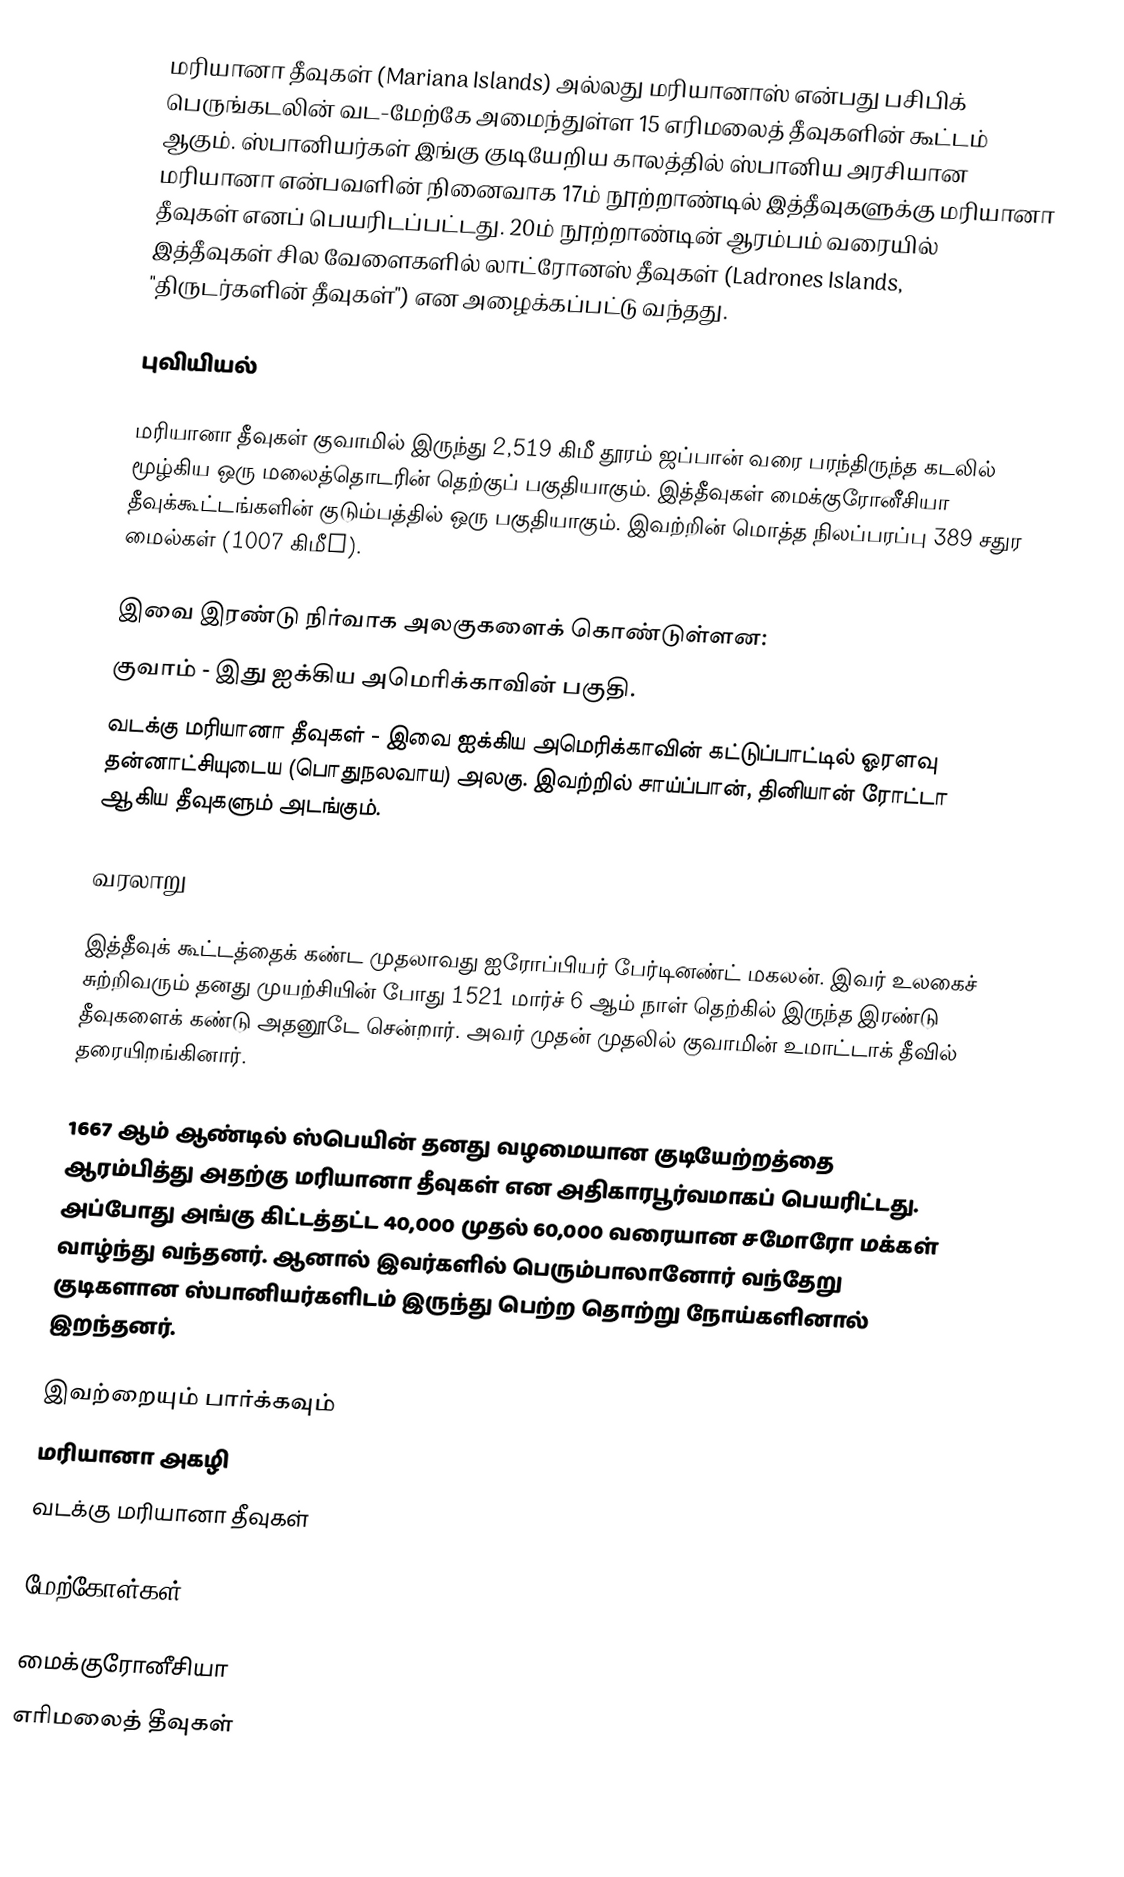
மரியானா தீவுகள் (Mariana Islands) அல்லது மரியானாஸ் என்பது பசிபிக் பெருங்கடலின் வட-மேற்கே அமைந்துள்ள 15 எரிமலைத் தீவுகளின் கூட்டம் ஆகும். ஸ்பானியர்கள் இங்கு குடியேறிய காலத்தில் ஸ்பானிய அரசியான மரியானா என்பவளின் நினைவாக 17ம் நூற்றாண்டில் இத்தீவுகளுக்கு மரியானா தீவுகள் எனப் பெயரிடப்பட்டது. 20ம் நூற்றாண்டின் ஆரம்பம் வரையில் இத்தீவுகள் சில வேளைகளில் லாட்ரோனஸ் தீவுகள் (Ladrones Islands, "திருடர்களின் தீவுகள்") என அழைக்கப்பட்டு வந்தது.

புவியியல்

மரியானா தீவுகள் குவாமில் இருந்து 2,519 கிமீ தூரம் ஜப்பான் வரை பரந்திருந்த கடலில் மூழ்கிய ஒரு மலைத்தொடரின் தெற்குப் பகுதியாகும். இத்தீவுகள் மைக்குரோனீசியா தீவுக்கூட்டங்களின் குடும்பத்தில் ஒரு பகுதியாகும். இவற்றின் மொத்த நிலப்பரப்பு 389 சதுர மைல்கள் (1007 கிமீ²).

இவை இரண்டு நிர்வாக அலகுகளைக் கொண்டுள்ளன:
 குவாம் - இது ஐக்கிய அமெரிக்காவின் பகுதி.
 வடக்கு மரியானா தீவுகள் - இவை ஐக்கிய அமெரிக்காவின் கட்டுப்பாட்டில் ஓரளவு தன்னாட்சியுடைய (பொதுநலவாய) அலகு. இவற்றில் சாய்ப்பான், தினியான் ரோட்டா ஆகிய தீவுகளும் அடங்கும்.

வரலாறு

இத்தீவுக் கூட்டத்தைக் கண்ட முதலாவது ஐரோப்பியர் பேர்டினண்ட் மகலன். இவர் உலகைச் சுற்றிவரும் தனது முயற்சியின் போது 1521 மார்ச் 6 ஆம் நாள் தெற்கில் இருந்த இரண்டு தீவுகளைக் கண்டு அதனூடே சென்றார். அவர் முதன் முதலில் குவாமின் உமாட்டாக் தீவில் தரையிறங்கினார்.

1667 ஆம் ஆண்டில் ஸ்பெயின் தனது வழமையான குடியேற்றத்தை ஆரம்பித்து அதற்கு மரியானா தீவுகள் என அதிகாரபூர்வமாகப் பெயரிட்டது. அப்போது அங்கு கிட்டத்தட்ட 40,000 முதல் 60,000 வரையான சமோரோ மக்கள் வாழ்ந்து வந்தனர். ஆனால் இவர்களில் பெரும்பாலானோர் வந்தேறு குடிகளான ஸ்பானியர்களிடம் இருந்து பெற்ற தொற்று நோய்களினால் இறந்தனர்.

இவற்றையும் பார்க்கவும்
 மரியானா அகழி
 வடக்கு மரியானா தீவுகள்

மேற்கோள்கள்

மைக்குரோனீசியா
எரிமலைத் தீவுகள்